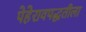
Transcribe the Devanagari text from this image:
पेहेरावपद्धतीला